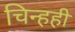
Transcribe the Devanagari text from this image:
चिन्हही